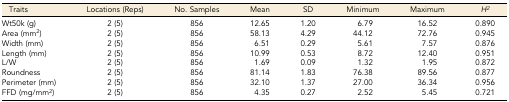
<table><thead><tr><td><b>Traits</b></td><td><b>Locations (Reps)</b></td><td><b>No. Samples</b></td><td><b>Mean</b></td><td><b>SD</b></td><td><b>Minimum</b></td><td><b>Maximum</b></td><td><b><i>H<sup>2</sup></i></b></td></tr></thead><tbody><tr><td>Wt50k (g)</td><td>2 (5)</td><td>856</td><td>12.65</td><td>1.20</td><td>6.79</td><td>16.52</td><td>0.890</td></tr><tr><td>Area (mm<sup>2</sup>)</td><td>2 (5)</td><td>856</td><td>58.13</td><td>4.29</td><td>44.12</td><td>72.76</td><td>0.945</td></tr><tr><td>Width (mm)</td><td>2 (5)</td><td>856</td><td>6.51</td><td>0.29</td><td>5.61</td><td>7.57</td><td>0.876</td></tr><tr><td>Length (mm)</td><td>2 (5)</td><td>856</td><td>10.99</td><td>0.53</td><td>8.72</td><td>12.40</td><td>0.951</td></tr><tr><td>L/W</td><td>2 (5)</td><td>856</td><td>1.69</td><td>0.09</td><td>1.32</td><td>1.95</td><td>0.872</td></tr><tr><td>Roundness</td><td>2 (5)</td><td>856</td><td>81.14</td><td>1.83</td><td>76.38</td><td>89.56</td><td>0.877</td></tr><tr><td>Perimeter (mm)</td><td>2 (5)</td><td>856</td><td>32.10</td><td>1.37</td><td>27.00</td><td>36.34</td><td>0.956</td></tr><tr><td>FFD (mg/mm<sup>2</sup>)</td><td>2 (5)</td><td>856</td><td>4.35</td><td>0.27</td><td>2.52</td><td>5.45</td><td>0.721</td></tr></tbody></table>